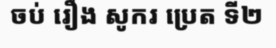
ចប់ រឿង សូករ ប្រេត ទី២